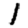
Digit: 1